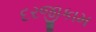
દરજીકામ